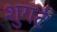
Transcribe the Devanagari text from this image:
शुगर्ट